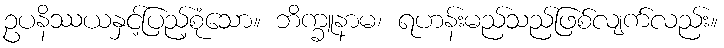
ဥပနိဿယနှင့်ပြည့်စုံသော။ ဘိက္ခူနာမ၊ ရဟန်းမည်သည်ဖြစ်လျက်လည်း။